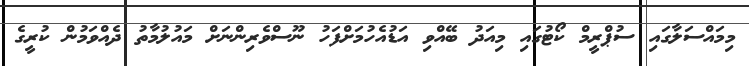
މިމައްސަލާގައި ސުޕްރީމް ކޯޓުގައި މިއަދު ބޭއްވި އަޑުއެހުމަށްފަހު ނޫސްވެރިންނަށް މައުލުމާތު ދެއްވަމުން ކުރީގެ